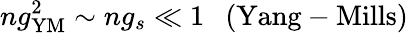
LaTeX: ng_{\mathrm{YM}}^{2}\sim ng_{s}\ll 1\ \ \ \mathrm{(Yang-Mills)}